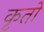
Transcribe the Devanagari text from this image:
कृतो